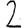
Digit: 2